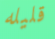
قليله